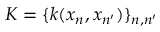
K = \{ k ( x _ { n } , x _ { n ^ { \prime } } ) \} _ { n , n ^ { \prime } }